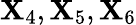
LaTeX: \mathbf{X}_{4},\mathbf{X}_{5},\mathbf{X}_{6}